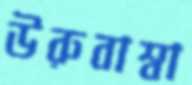
উরুবাম্বা